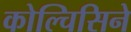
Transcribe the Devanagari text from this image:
कोल्चिसिने